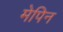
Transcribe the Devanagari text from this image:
मेपिन